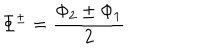
LaTeX: \Phi ^ { \pm } = \frac { \Phi _ { 2 } \pm \Phi _ { 1 } } { 2 }